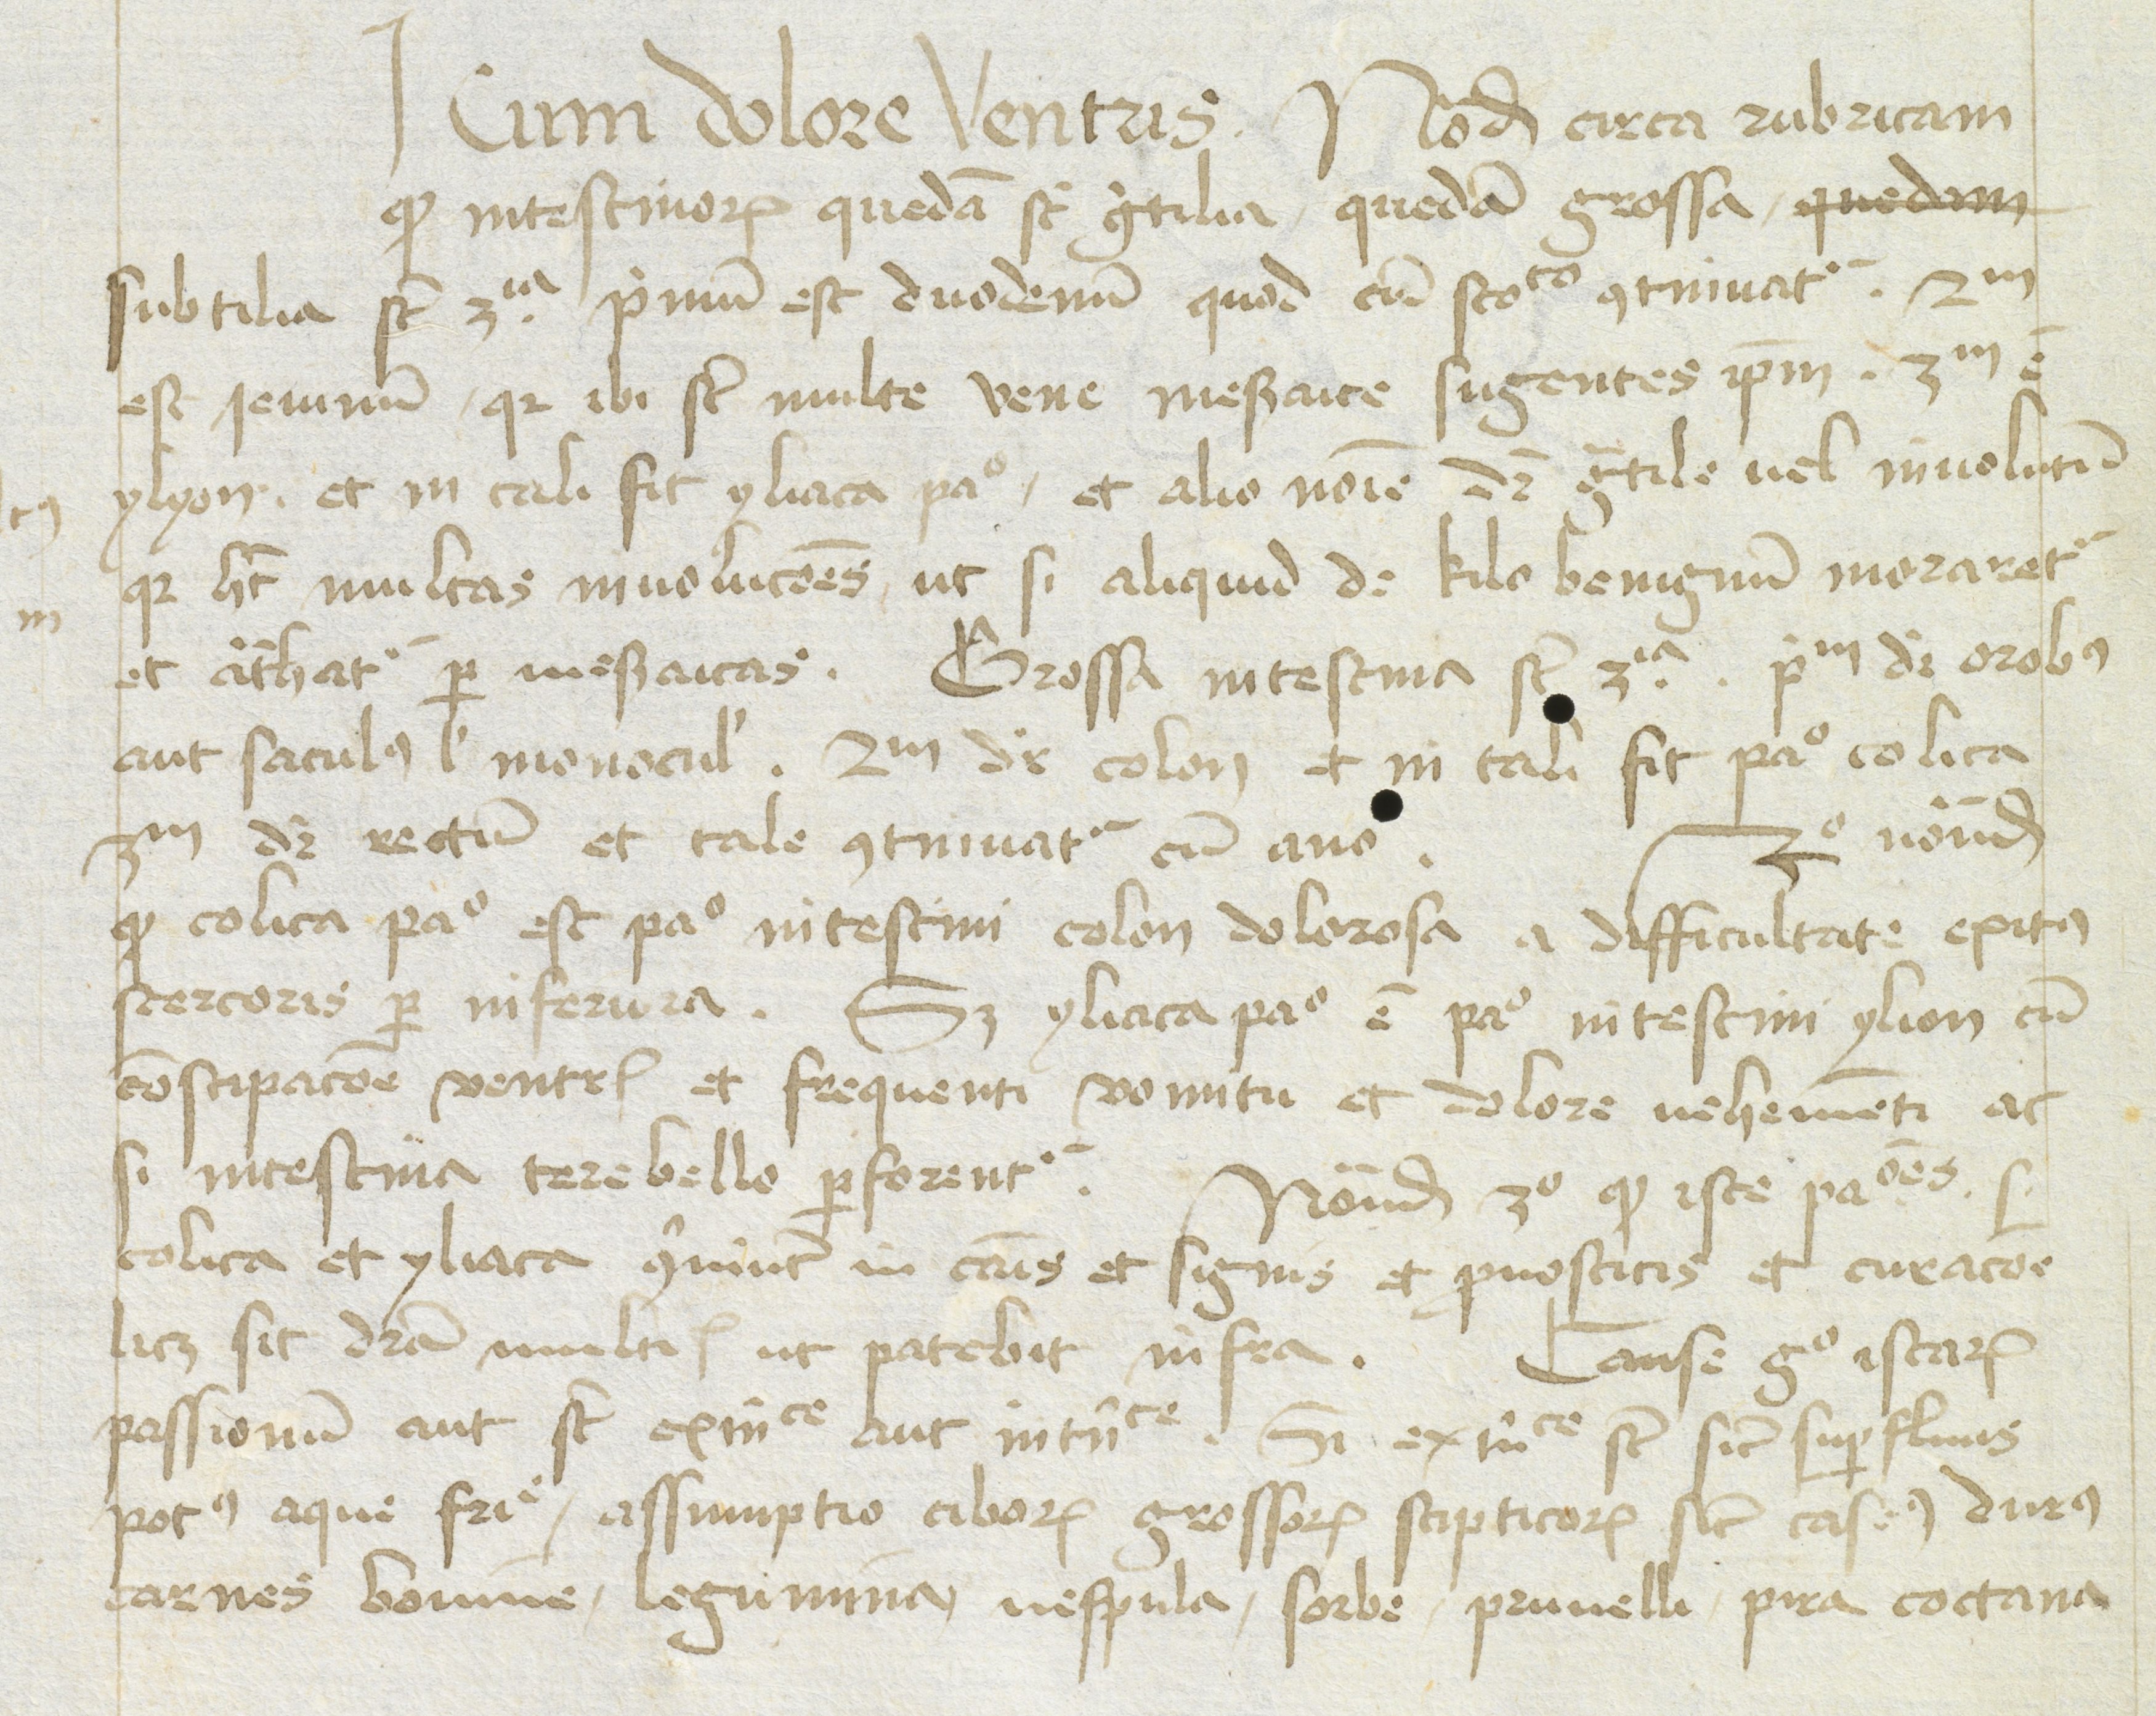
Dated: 1480–1470